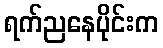
ရက်ညနေပိုင်းက